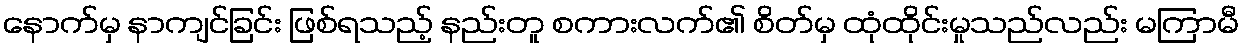
နောက်မှ နာကျင်ခြင်း ဖြစ်ရသည့် နည်းတူ စကားလက်၏ စိတ်မှ ထုံထိုင်းမှုသည်လည်း မကြာမီ